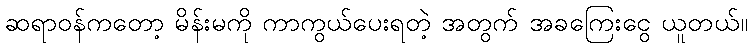
ဆရာဝန်ကတော့ မိန်းမကို ကာကွယ်ပေးရတဲ့ အတွက် အခကြေးငွေ ယူတယ်။